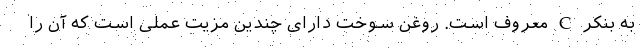
به بنکر C معروف است. روغن سوخت دارای چندین مزیت عملی است که آن را